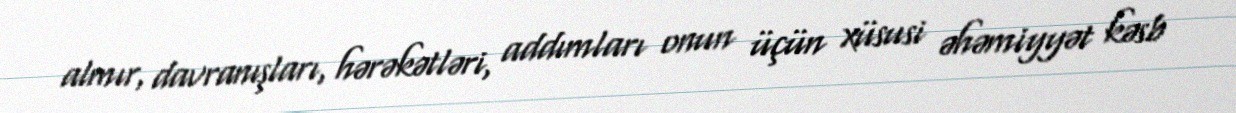
almır, davranışları, hərəkətləri, addımları onun üçün xüsusi əhəmiyyət kəsb